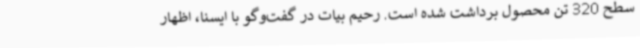
سطح 320 تن محصول برداشت شده است. رحیم بیات در گفت‌وگو با ایسنا، اظهار